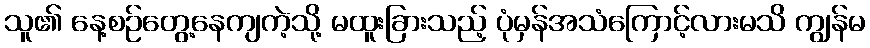
သူ၏ နေ့စဉ်တွေ့နေကျကဲ့သို့ မထူးခြားသည့် ပုံမှန်အသံကြောင့်လားမသိ ကျွန်မ